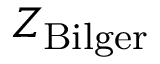
Z _ { \mathrm { B i l g e r } }